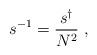
LaTeX: \begin{align*}s^{-1} = \frac {s^\dag}{N^2}~,\end{align*}